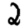
Digit: 2